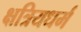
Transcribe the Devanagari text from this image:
क्षत्रियधर्म